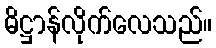
ဓိဋ္ဌာန်လိုက်လေသည်။